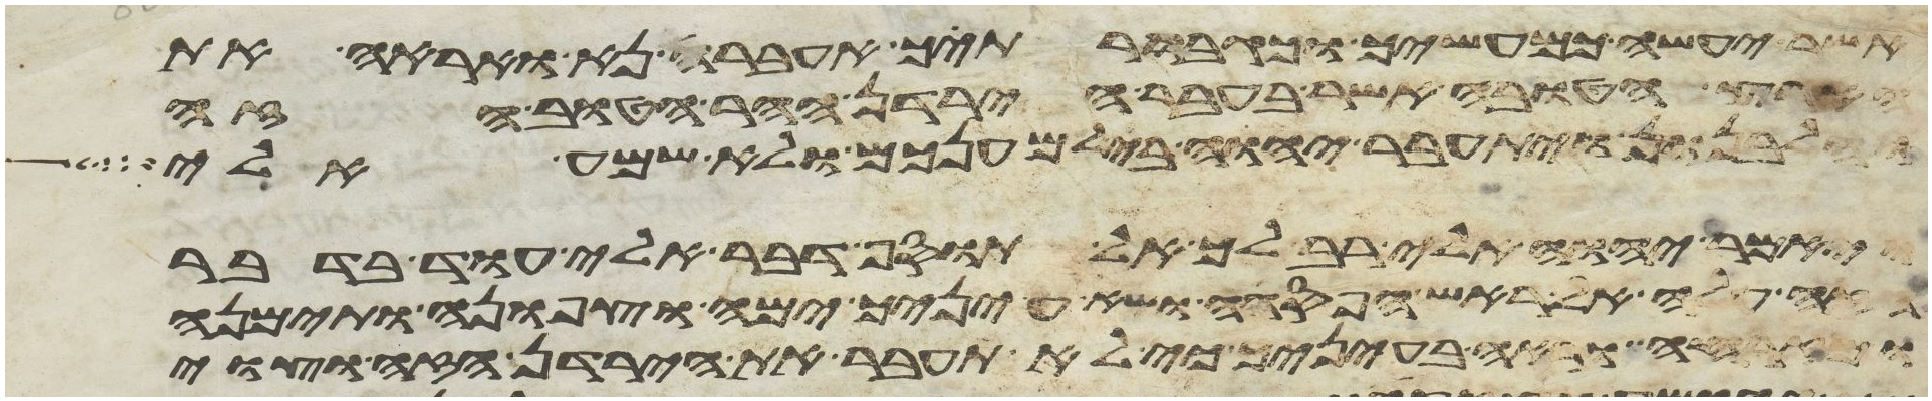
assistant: אשר יעשה כמעשיך וכגבורתיך אעברה נא ואראה את
הארץ הטובה אשר בעבר הירדן ההר הטוב הזה
והלבנון ויתעבר יהוה בי למענכם ולא שמע אלי
ויאמר יהוה אלי רב לך אל תוסף דבר אלי עוד בדבר
הזה עלה אל ראש הפסגה ושא עיניך ימה וצפונה ותימנה
ומזרחה וראה בעיניך כי לא תעבר את הירדן הזה וצוי